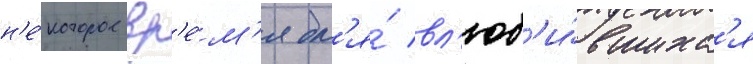
н'е́которое вр'е́м'я дл'я́ вл'юб'и́вшихс'я